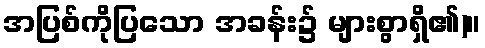
အပြစ်ကိုပြသော အခန်း၌ များစွာရှိ၏)။